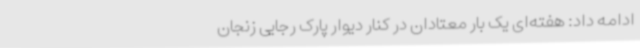
ادامه داد: هفته‌ای یک بار معتادان در کنار دیوار پارک رجایی زنجان